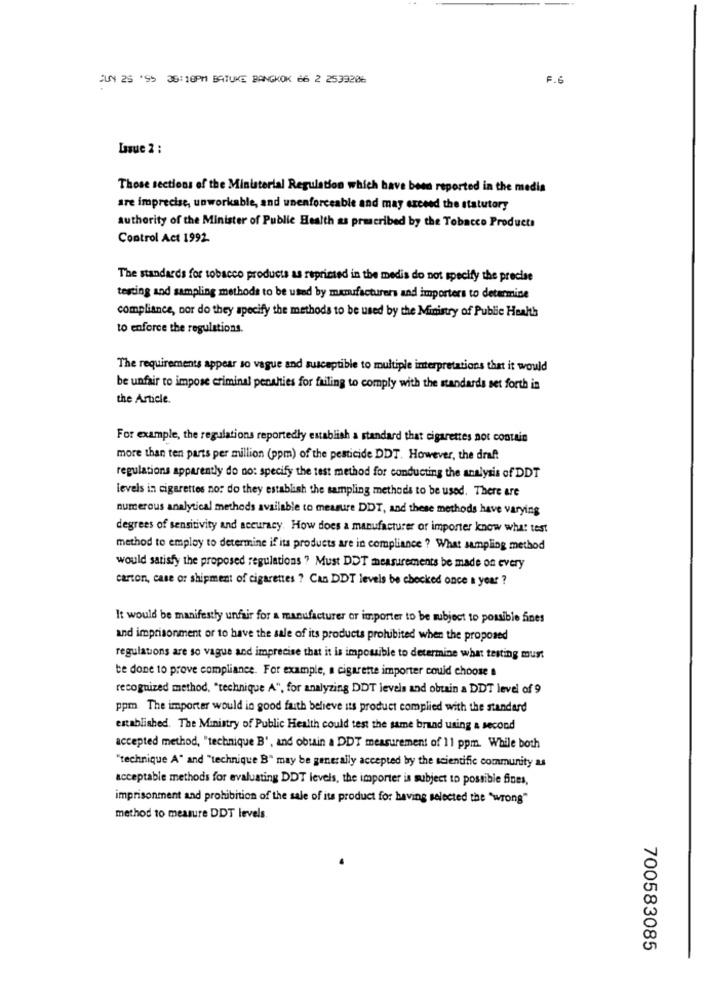
JUN 25 *G> 36:10PM BATUKE BANGKOK 66 2 2539206
F.6
Lasue 2 :
Those sections of the Ministerial Regulation which have been reported in the media
are imprecise, unworkable, and unenforceable and may exceed the statutory
authority of the Minister of Public Health as prescribed by the Tobacco Products
Control Act 1992.
The standards for tobacco products as reprinted in the medis do not specify the precise
testing and sampling methods to be used by mamsfacturers and importers to determine
compliance, nor do they specify the methods to be used by the Ministry of Public Health
to enforce the regulations.
The requirements appear so vague and susceptible to multiple interpretations that it would
be unfair to impose criminal penalties for failing to comply with the standards set forth in
the Article.
For example, the regulations reportedly establish a standard that cigarettes not contain
more than ten parts per million (ppm) of the pesticide DDT. However, the draft
regulations apparently do no: specify the test method for conducting the analysis of DDT
levels in cigarettes no: do they establish the sampling methods to be used. There are
numerous analytical methods available to measure DDT, and these methods have varying
degrees of sensitivity and accuracy. How does a manufacturer or importer know what test
method to employ to determine if its products are in compliance ? What sampling method
would satisfy the proposed regulations ? Must DDT measurements be made on every
carton, case or shipment of cigarettes ? Can DDT levels be chocked once a year ?
It would be manifestly unfair for a manufacturer or importer to be subject to possible fines
and imprisonment or to have the sale of its products prohibited when the proposed
regulations are so vague and imprecise that it is impossible to determine what testing must
be done to prove compliance. For example, a cigarette importer could choose a
recognized method, "technique A", for analyzing DDT levels and obtain a DDT level of 9
ppm. The importer would in good faith believe its product complied with the standard
established. The Ministry of Public Health could test the same brand using a second
accepted method, "technique B', and obuin a DDT measurement of 11 ppm. While both
"technique A" and "technique B" may be generally accepted by the scientific community as
acceptable methods for evaluating DDT levels, the importer is subject to possible fines,
imprisonment and prohibition of the sale of its product for having selected the "wrong"
method to measure DDT levels.
700583085